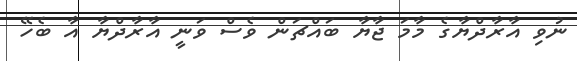
ނުވި އާރާދްޔާގެ މާމަ ޖާޔާ ބައްޗަން ވެސް ވަނީ އާރާދްޔާ އާ ބެހޭ